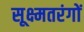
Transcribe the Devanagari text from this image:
सूक्ष्मतरंगों